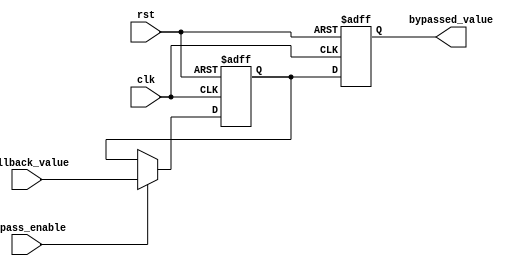
module TimingControlFallbackBypass (
    input wire clk,
    input wire rst,
    input wire [15:0] fallback_value,
    input wire bypass_enable,
    output reg [15:0] bypassed_value
);

reg [15:0] reg_data;

always @(posedge clk or posedge rst) begin
    if (rst) begin
        reg_data <= 16'h0000; // Reset to initial value
    end else if (bypass_enable) begin
        reg_data <= fallback_value; // Override with fallback value
    end else begin
        reg_data <= reg_data; // Normal operation
    end
end

always @(posedge clk or posedge rst) begin
    if (rst) begin
        bypassed_value <= 16'h0000; // Reset to initial value
    end else begin
        bypassed_value <= reg_data; // Output the bypassed value
    end
end

endmodule